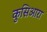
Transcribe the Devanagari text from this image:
कुसिआरा